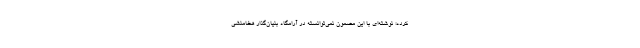
کرده؛ نوشته‌ای با این مضمون نمی‌توانسته در آرامگاه بنیان‌گذار هخامنشی